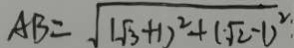
A B = \sqrt { ( \sqrt { 3 } + 1 ) ^ { 2 } + ( \sqrt { 2 } - 1 ) ^ { 2 } }